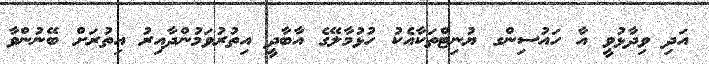
އަދި ވިދާޅުވީ އާ ހައުސިންގ ޔުނިޓްތަކާއެކު ހުޅުމާލޭގެ އާބާދީ އިތުރުވަމުންދާއިރު އިތުރަށް ބޭނުންވާ